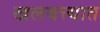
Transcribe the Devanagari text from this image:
खलबत्त्यात